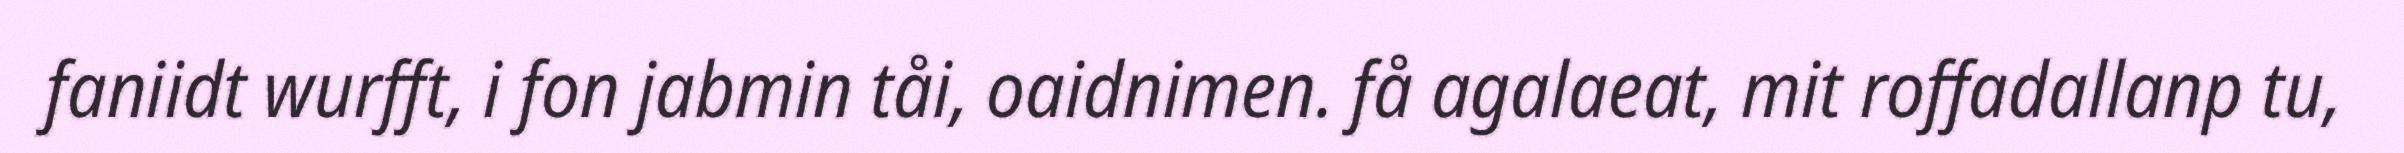
faniidt wurfft, i fon jabmin tåi, oaidnimen. få agalaeat, mit roffadallanp tu,